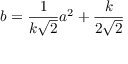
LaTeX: b = { \frac { 1 } { k { \sqrt { 2 } } } } a ^ { 2 } + { \frac { k } { 2 { \sqrt { 2 } } } }